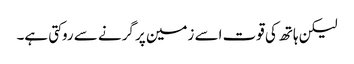
لیکن ہاتھ کی قوت اسے زمین پر گرنے سے روکتی ہے۔